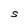
Character: S